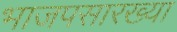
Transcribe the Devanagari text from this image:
भाजपसारख्या